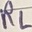
Text: RL